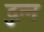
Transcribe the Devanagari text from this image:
दुन्न